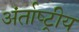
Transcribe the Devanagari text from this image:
अंतर्र्राष्‍ट्रीय